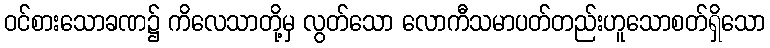
ဝင်စားသောခဏ၌ ကိလေသာတို့မှ လွတ်သော လောကီသမာပတ်တည်းဟူသောစတ်ရှိသော